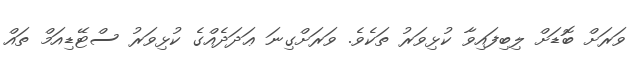
ވަރަށް ބޮޑަށް ލިބިފައިވާ ކުޅިވަރު ތަކެވެ. ވަރަށްގިނަ ޢަދަދެއްގެ ކުޅިވަރު ސްޓޭޑިއަމް ތައް